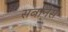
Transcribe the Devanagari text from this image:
सर्बानेस